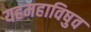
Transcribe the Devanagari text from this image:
यहमहाविषुव